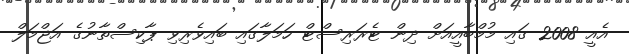
އެއީ 2008 ގައި މުމްބާއީއަށް ދިން ޓެރަރިސްޓް ހަމަލާގައި ބައިވެރިވި ޕާކިސްތާނުގެ އަޖްމަލް